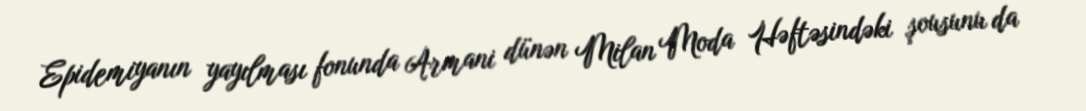
Epidemiyanın yayılması fonunda Armani dünən Milan Moda Həftəsindəki şousunu da